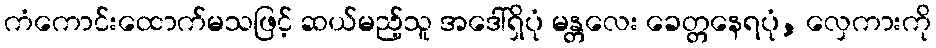
ကံကောင်းထောက်မသဖြင့် ဆယ်မည့်သူ အဒေါ်ရှိပုံ မန္တလေး ခေတ္တနေရပုံ, လှေကားကို